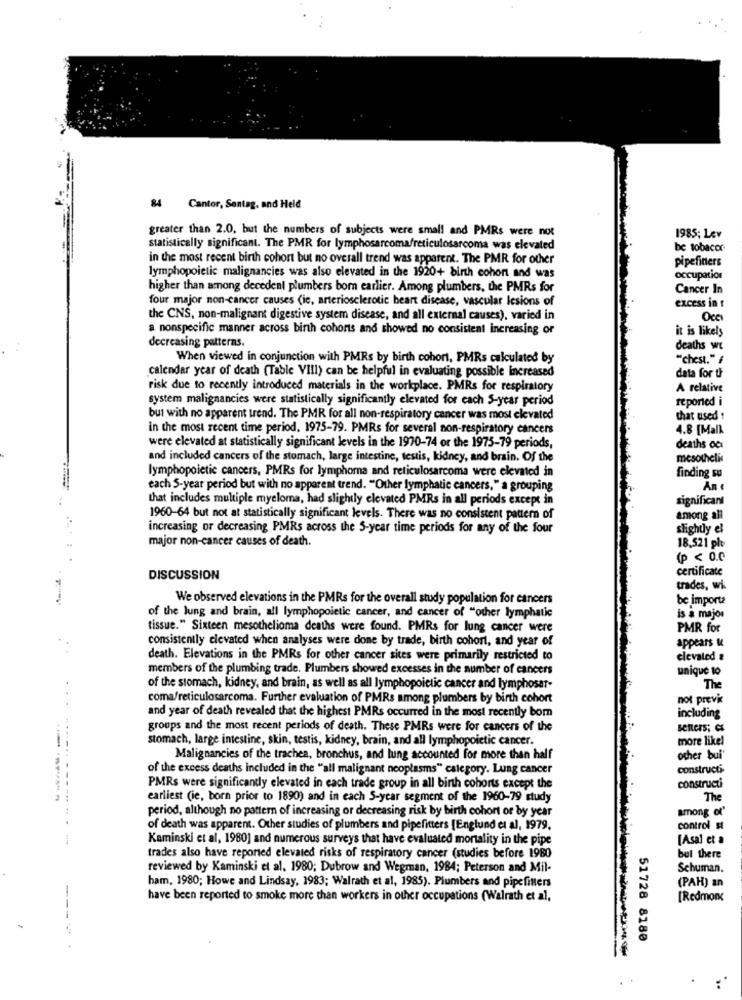
. ..
84 Cantor, Sontag. and Held
greater than 2.0, but the numbers of subjects were small and PMRs were not
1985; Lev
statistically significant. The PMR for lymphosarcoma/reticulosarcoma was elevated
be tobacor
in the most recent birth cohort but no overall trend was apparent. The PMR for other
pipefitters
lymphopoietic malignancies was also elevated in the 1920+ birth cohort and was
occupation
higher than among decedent plumbers bom earlier. Among plumbers, the PMRs for
Cancer In
four major non-cancer causes (ie, arteriosclerotic heart disease, vascular lesions of
excess in t
the CNS, non-malignant digestive system disease, and all external causes), varied in
Occ
a nonspecific manner across birth cohorts and showed no consistent increasing or
it is likely
decreasing patterns.
deaths wt
When viewed in conjunction with PMRs by birth cohort, PMRs calculated by
"chest." #
calendar year of death (Table VIII) can be helpful in evaluating possible increased
data for t
risk due to recently introduced materials in the workplace. PMRs for respiratory
A relative
system malignancies were statistically significantly elevated for each 5-year period
reported i
but with no apparent trend. The PMR for all non-respiratory cancer was most elevated
that used!
in the most recent time period, 1975-79. PMRs for several non-respiratory cancers
4.8 [Mall
were elevated at statistically significant levels in the 1970-74 or the 1975-79 periods,
deaths der
and included cancers of the stomach, large intestine, testis, kidney, and brain. Of the
lymphopoietic cancers, PMRs for lymphoma and reticulosarcoma were elevated in
finding su
each 5-year period but with no apparent trend. "Other lymphatic cancers," a grouping
An
that includes multiple myeloma, had slightly elevated PMRs in all periods except in
significant
1960-64 but not at statistically significant levels. There was no consistent pattern of
among all
increasing or decreasing PMRs across the S-year time periods for any of the four
slightly el
major non-cancer causes of death.
18.521 plt
(p < 0.0
certificate
DISCUSSION
trades, wk
We observed elevations in the PMRs for the overall study population for cancers
be importe
of the lung and brain, all lymphopoietic cancer, and cancer of "other lymphatic
is a major
tissue." Sixteen mesothelioma deaths were found. PMRs for lung cancer were
PMR for
consistently elevated when analyses were done by trade, birth cohort, and year of
appears &
death. Elevations in the PMRs for other cancer sites were primarily restricted to
elevated &
members of the plumbing trade. Plumbers showed excesses in the number of cancers
unique to
of the stomach, kidney, and brain, as well as all lymphopoietic cancer and lymphosar-
The
coma/reticulosarcoma. Further evaluation of PMRs among plumbers by birth cohort
not previ
including
and year of death revealed that the highest PMRs occurred in the most recently bom
groups and the most recent periods of death. These PMRs were for cancers of the
senters; es
stomach, large intestine, skin, testis, kidney, brain, and all lymphopoietic cancer.
more like!
Malignancies of the trachea, bronchus, and lung accounted for more than half
other bui
of the excess deaths included in the "all malignant neoplasms" category. Lung cancer
constructi
PMRs were significantly elevated in each trade group in all birth cohorts except the
constructi
earliest (ie, born prior to 1890) and in each S-year segment of the 1960-79 study
The
period, although no pattern of increasing or decreasing risk by birth cohort or by year
among of'
of death was apparent. Other studies of plumbers and pipefitters [Englund et al, 1979,
control st
Kaminski et al, 1980] and numerous surveys that have evaluated mortality in the pipe
[Asal et a
trades also have reported elevated risks of respiratory cancer (studies before 1980
but there
reviewed by Kaminski et al. 1980; Dubrow and Wegman, 1984; Peterson and Mil-
Schuman.
ham, 1980; Howe and Lindsay, 1983; Walrath et al, 1985). Plumbers and pipefitters
(PAH) an
have been reported to smoke more than workers in other occupations (Walrath et al,
[Redmorxx
51728 8180